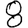
Digit: 8